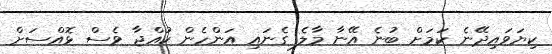
ކިޔަވައިދޭނެ ކަމަށް ބުނެ އޭނާ މާލެ ގެނައި އަންހެން ކުއްޖާ ވެސް ޅޮއްސަށް